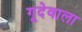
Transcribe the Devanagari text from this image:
गूदेवाला